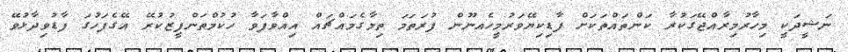
ނަޝީދަކީ މިހާރުމިރާއްްޖޭގަކުރާ ކަންތައްތަކަށް ފާޑިކިޔޭވަރުމީހެއނޫން ފުރަތަމަ ތިމާގެމައްޗައް އިއްވާފަވާ ހުކުމްތަންފީޒުކުރޭ އޭގެފަހުގަ ފާޑުވިދާޅުވޭ